Civil Veterinary Dept. Bombay admin report 1923-31 - 1923-1931
Year: 1923
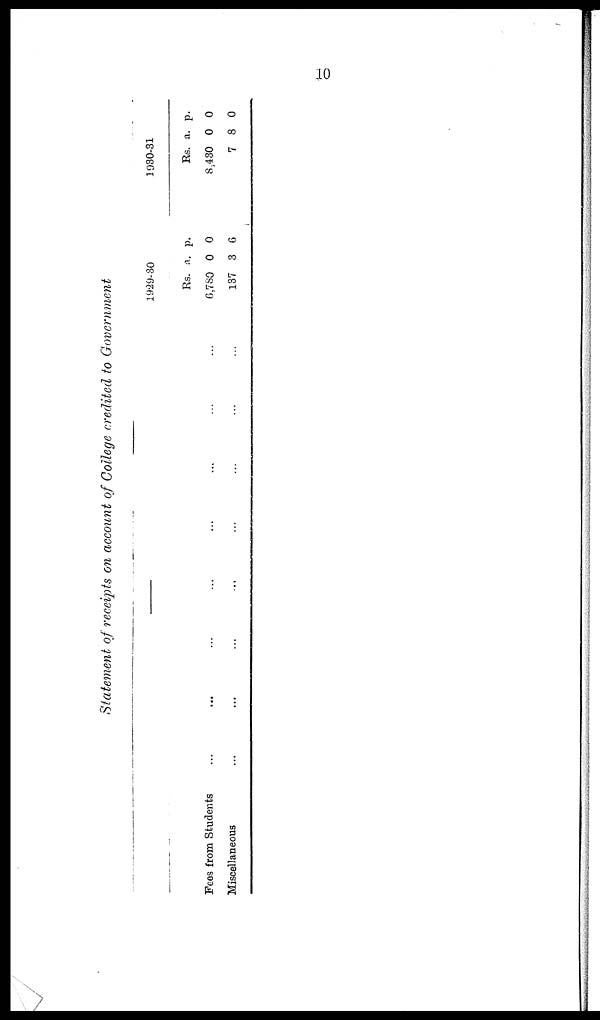
10
Statement of receipts on account of College credited to Government
–––
Fees from Students ... ... ... ... ... ... ... ...
Miscellaneous ... ... ... ... ... ... ... ...
1929-30
Rs.
6,780
137
a.
0
3
p.
0
6
1930-31
Rs.
8,430
7
a.
0
8
p.
0
0